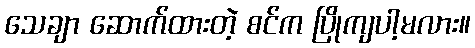
သေချာ ဆောက်ထားတဲ့ စင်က ပြိုကျပါ့မလား။